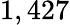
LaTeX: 1,427